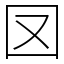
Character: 㘝